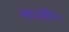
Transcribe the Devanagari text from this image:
कासौन